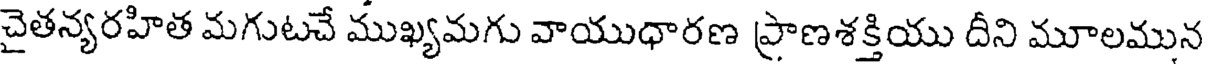
చైతన్యరహిత మగుటచే ముఖ్యమగు వాయుధారణ ప్రాణశక్తియు దీని మూలమున